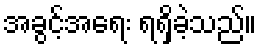
အခွင့်အရေး ရရှိခဲ့သည်။